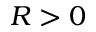
R > 0